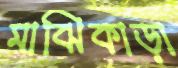
মাঝিকাড়া